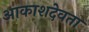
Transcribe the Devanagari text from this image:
आकाशदेवता